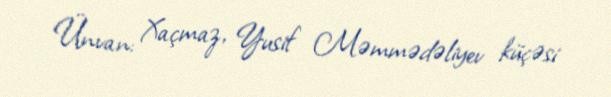
Ünvan: Xaçmaz, Yusif Məmmədəliyev küçəsi